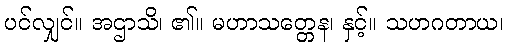
ပင်လျှင်။ အဌာသိ၊ ၏။ မဟာသတ္တေန၊ နှင့်။ သဟဂတာယ၊